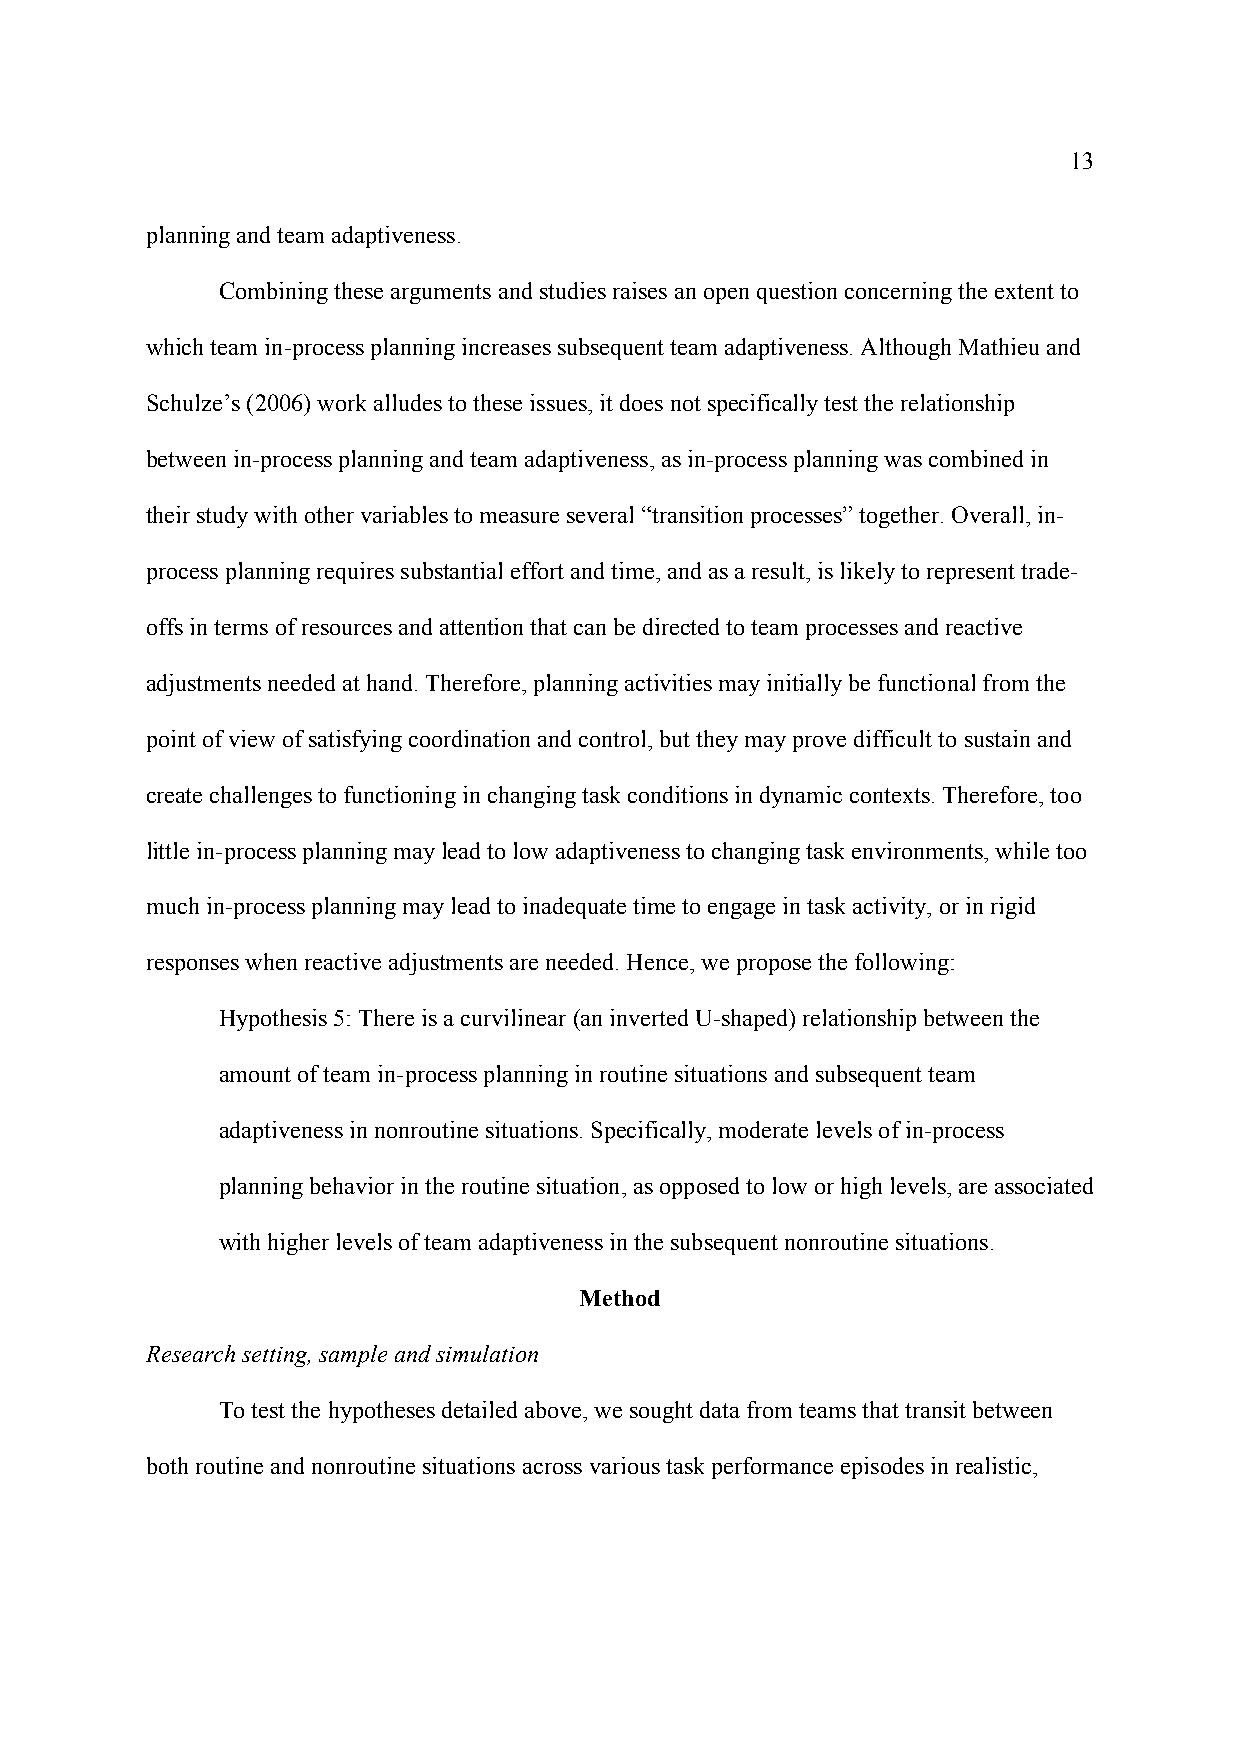
13
 planning and team adaptiveness.
 Combining these arguments and studies raises an open question concerning the extent to
 which team in-process planning increases subsequent team adaptiveness. Although Mathieu and
 Schulze’s (2006) work alludes to these issues, it does not specifically test the relationship
 between in-process planning and team adaptiveness, as in-process planning was combined in
 their study with other variables to measure several “transition processes” together. Overall, in-
 process planning requires substantial effort and time, and as a result, is likely to represent trade-
 offs in terms of resources and attention that can be directed to team processes and reactive
 adjustments needed at hand. Therefore, planning activities may initially be functional from the
 point of view of satisfying coordination and control, but they may prove difficult to sustain and
 create challenges to functioning in changing task conditions in dynamic contexts. Therefore, too
 little in-process planning may lead to low adaptiveness to changing task environments, while too
 much in-process planning may lead to inadequate time to engage in task activity, or in rigid
 responses when reactive adjustments are needed. Hence, we propose the following:
 Hypothesis 5: There is a curvilinear (an inverted U-shaped) relationship between the
 amount of team in-process planning in routine situations and subsequent team
 adaptiveness in nonroutine situations. Specifically, moderate levels of in-process
 planning behavior in the routine situation, as opposed to low or high levels, are associated
 with higher levels of team adaptiveness in the subsequent nonroutine situations.
 Method
 Research setting, sample and simulation
 To test the hypotheses detailed above, we sought data from teams that transit between
 both routine and nonroutine situations across various task performance episodes in realistic,